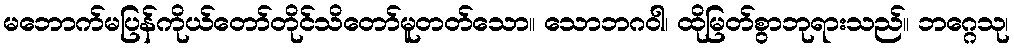
မဘောက်မပြန်ကိုယ်တော်တိုင်သိတော်မူတတ်သော။ သောဘဂဝါ၊ ထိုမြတ်စွာဘုရားသည်။ ဘဂ္ဂေသု၊